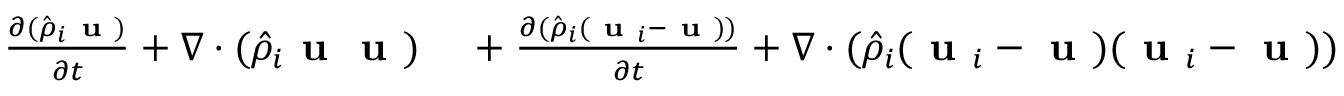
\small \begin{array} { r l } { \frac { \partial ( \hat { \rho } _ { i } \textbf { u } ) } { \partial t } + \nabla \cdot ( \hat { \rho } _ { i } \textbf { u } \textbf { u } ) } & { { } + \frac { \partial ( \hat { \rho } _ { i } ( \textbf { u } _ { i } - \textbf { u } ) ) } { \partial t } + \nabla \cdot ( \hat { \rho } _ { i } ( \textbf { u } _ { i } - \textbf { u } ) ( \textbf { u } _ { i } - \textbf { u } ) ) } \end{array}